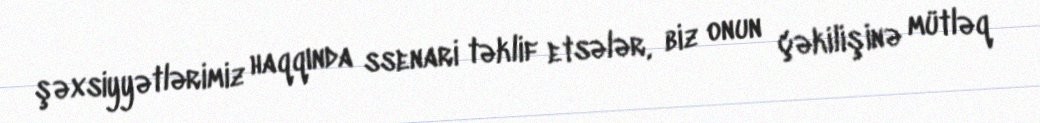
şəxsiyyətlərimiz haqqında ssenari təklif etsələr, biz onun çəkilişinə mütləq